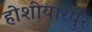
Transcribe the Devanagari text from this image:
होशीयारपुर